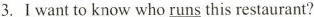
3. I want to know who\underline{ runs} this restaurant?